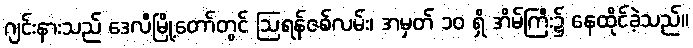
ဂျင်းနားသည် ဒေလီမြို့တော်တွင် ဩရန်ဇစ်လမ်း၊ အမှတ် ၁၀ ရှိ အိမ်ကြီး၌ နေထိုင်ခဲ့သည်။